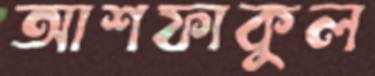
আশফাকুল